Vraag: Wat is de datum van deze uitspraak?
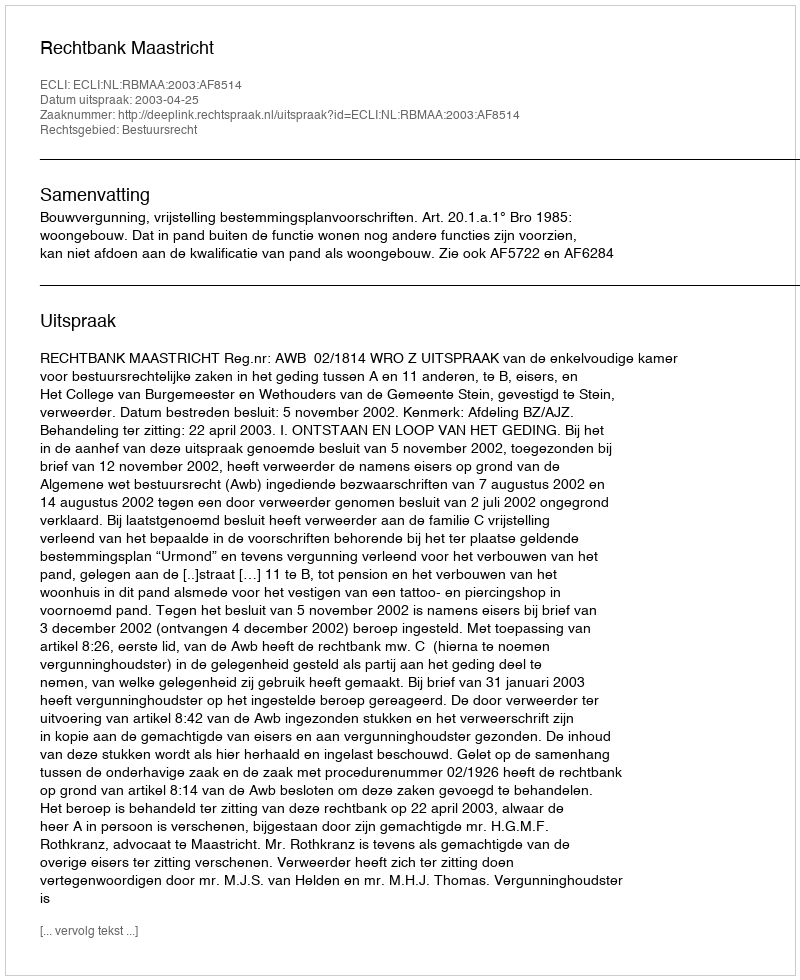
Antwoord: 2003-04-25